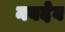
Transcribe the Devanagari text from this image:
नबदेव